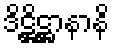
ဒိဋ္ဌိဋ္ဌာနာနိ